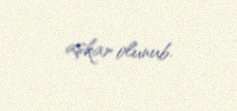
aşkar olunub.